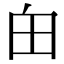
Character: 甶